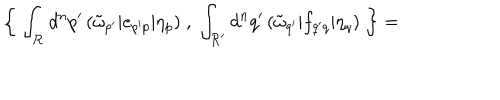
\left\{ \; \int _ { \cal R } d ^ { n } p ^ { \prime } \, ( \tilde { \omega } _ { p ^ { \prime } } | e _ { p ^ { \prime } p } | \eta _ { p } ) \; , \; \int _ { \cal R ^ { \prime } } d ^ { n } q ^ { \prime } \, ( \tilde { \omega } _ { q ^ { \prime } } | f _ { q ^ { \prime } q } | \eta _ { q } ) \; \right\} =